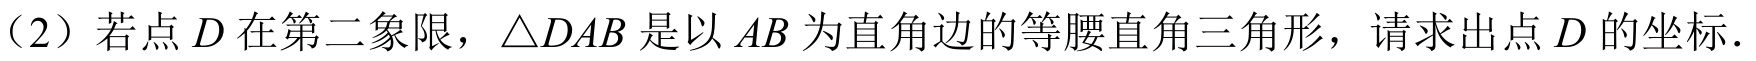
（2）若点\(D\)在第二象限，\(\triangle DAB\)是以\(AB\)为直角边的等腰直角三角形，请求出点\(D\)的坐标.